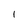
Character: 1